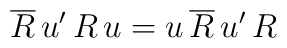
\overline{R}\,u'\,R\,u=u\,\overline{R}\,u'\,R